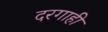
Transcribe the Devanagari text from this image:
दरगाही